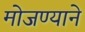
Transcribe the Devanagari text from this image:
मोजण्याने